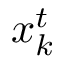
\v x _ { k } ^ { t }